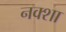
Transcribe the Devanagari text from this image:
नक्‍शा